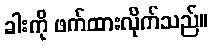
ခါးကို ဖက်ထားလိုက်သည်။